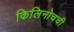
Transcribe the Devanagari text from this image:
किलिनोचची